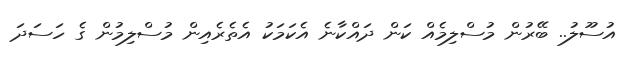
އުސޫލު.. ބޭރުން މުސްލިމެއް ކަން ދައްކާނެ އެކަމަކު އެތެރެއިން މުސްލިމުން ގެ ހަސަދަ